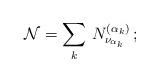
LaTeX: \begin{align*}{\cal N}=\sum_k\, N^{(\alpha_k)}_{\nu_{\alpha_k}}\,;\end{align*}